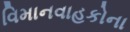
વિમાનવાહકોના